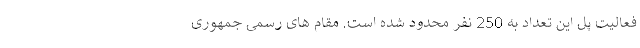
فعالیت پل این تعداد به 250 نفر محدود شده است. مقام های رسمی جمهوری